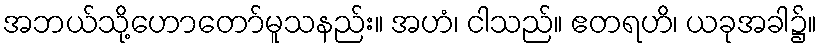
အဘယ်သို့ဟောတော်မူသနည်း။ အဟံ၊ ငါသည်။ ဧတရဟိ၊ ယခုအခါ၌။